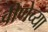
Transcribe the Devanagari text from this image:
वीणेच्या